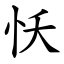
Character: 㤇